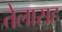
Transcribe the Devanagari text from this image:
तेलासह